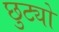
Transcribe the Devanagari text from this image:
छुट्यो